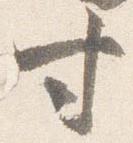
寸